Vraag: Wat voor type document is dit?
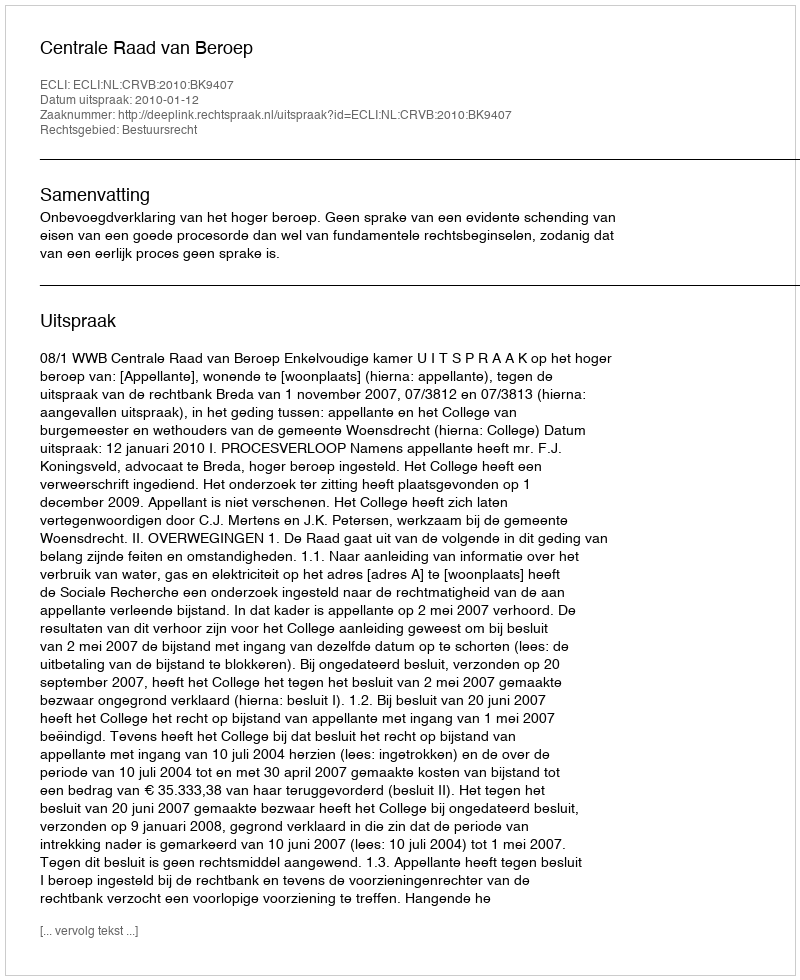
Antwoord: Uitspraak